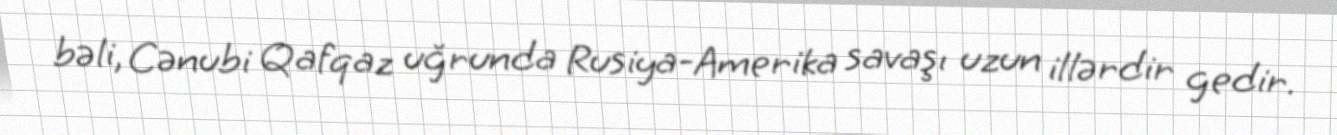
bəli, Cənubi Qafqaz uğrunda Rusiya-Amerika savaşı uzun illərdir gedir.